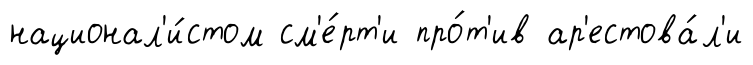
национал'и́стом см'е́рт'и про́т'ив ар'естова́л'и